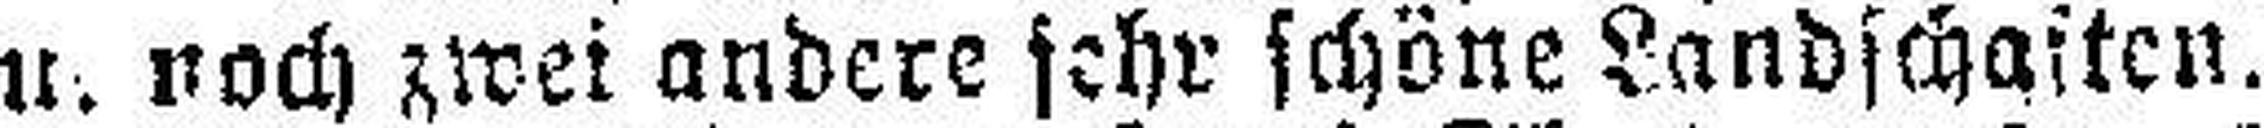
u. noch zwei andere sehr schöne Landschaften.